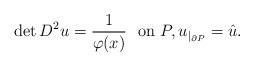
LaTeX: \begin{align*}{\rm det}\,D^2u={1\over\varphi(x)}\ \ {\rm on}\ P,u_{\vert_{\partial P}}=\hat u.\end{align*}